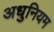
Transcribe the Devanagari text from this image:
अधुनियम